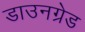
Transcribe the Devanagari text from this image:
डाउनग्रेड